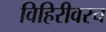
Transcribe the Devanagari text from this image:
विहिरीवरच